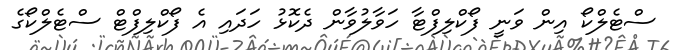
ސްޓެލްކޯ އިން ވަނީ ފޯކްލިފްޓާ ހަވާލުވާން ދެކޮޅު ހަދައި އެ ފޯކްލިފްޓް ސްޓެލްކޯގެ